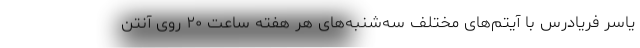
یاسر فریادرس با آیتم‌های مختلف سه‌شنبه‌های هر هفته ساعت ۲۰ روی آنتن